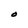
Character: O